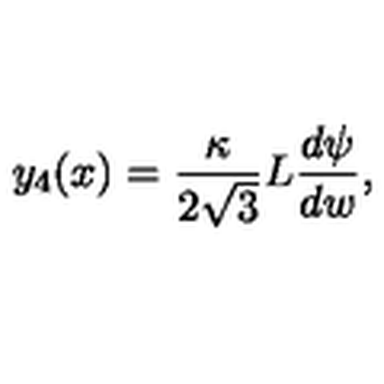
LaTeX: y _ { 4 } ( x ) = \frac { \kappa } { 2 \sqrt { 3 } } L \frac { d \psi } { d w } ,